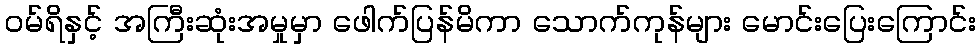
ဝမ်ရိနှင့် အကြီးဆုံးအမှုမှာ ဖေါက်ပြန်မိကာ သောက်ကုန်များ မောင်းပြေးကြောင်း